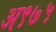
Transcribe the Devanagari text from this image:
अ९७५